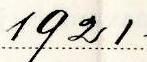
1921